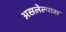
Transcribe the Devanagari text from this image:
असलेल्यास